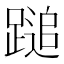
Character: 𨃬